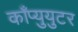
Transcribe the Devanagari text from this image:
काँप्युयुटर